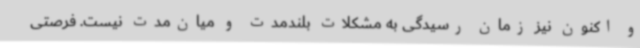
و اکنون نیز زمان رسیدگی به مشکلات بلندمدت و میان‌مدت نیست. فرصتی